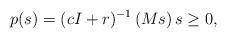
LaTeX: \begin{align*}p(s) = (cI+r)^{-1} \left(Ms\right) s \ge 0,\end{align*}